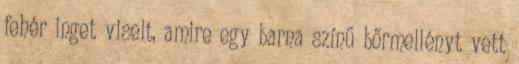
fehér inget viselt, amire egy barna színű bőrmellényt vett